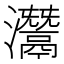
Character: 灊